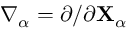
\nabla _ { \alpha } = \partial / \partial { \mathbf { X } } _ { \alpha }